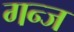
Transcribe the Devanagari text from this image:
गन्ज